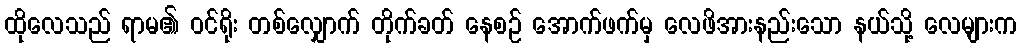
ထိုလေသည် ရာမ၏ ဝင်ရိုး တစ်လျှောက် တိုက်ခတ် နေစဉ် အောက်ဖက်မှ လေဖိအားနည်းသော နယ်သို့ လေများက